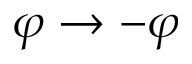
\varphi \rightarrow - \varphi